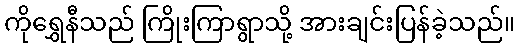
ကိုရွှေနီသည် ကြိုးကြာရွာသို့ အားချင်းပြန်ခဲ့သည်။